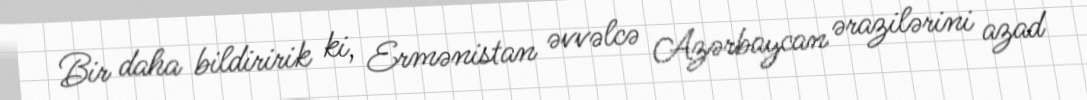
Bir daha bildiririk ki, Ermənistan əvvəlcə Azərbaycan ərazilərini azad